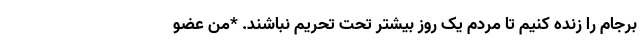
برجام را زنده کنیم تا مردم یک روز بیشتر تحت تحریم نباشند. *من عضو